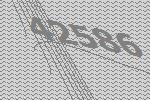
42586